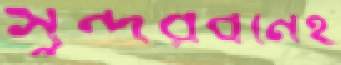
সুন্দরবনেই